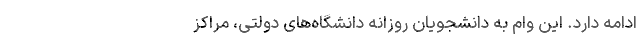
ادامه دارد. این وام به دانشجویان روزانه دانشگاه‌های دولتی، مراکز